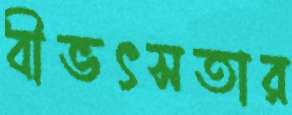
বীভৎসতার